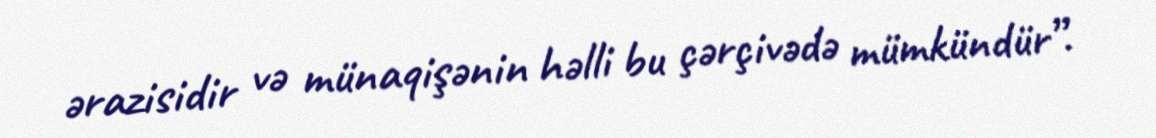
ərazisidir və münaqişənin həlli bu çərçivədə mümkündür”.